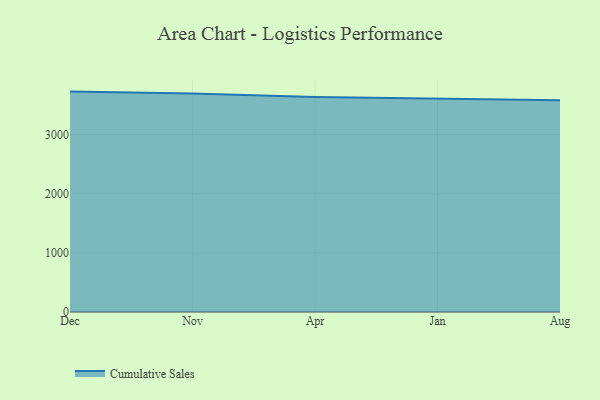
{"axis": {"x": "Month", "y": "Temperature (°C)"}, "legend": ["Cumulative Sales"], "data": [{"x": "Dec", "y": 3725.6, "type": "Cumulative Sales"}, {"x": "Nov", "y": 3695.0, "type": "Cumulative Sales"}, {"x": "Apr", "y": 3633.0, "type": "Cumulative Sales"}, {"x": "Jan", "y": 3603.2, "type": "Cumulative Sales"}, {"x": "Aug", "y": 3579.8, "type": "Cumulative Sales"}]}